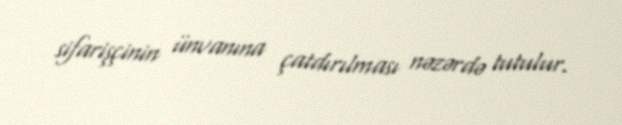
sifarişçinin ünvanına çatdırılması nəzərdə tutulur.